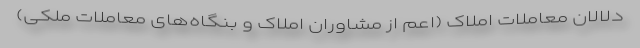
دلالان معاملات املاک (اعم از مشاوران املاک و بنگاه‌های معاملات ملکی)